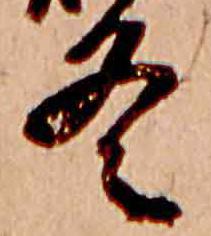
冬